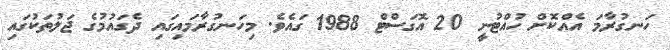
ހަނގުރާމަ އެއްކޮށް ހުއްޓުނީ 20 އޮގަސްޓް 1988 ގައެވެ. މިހަނގުރާމައިގައި ދެގައުމުގެ ޖަލުތަކުގައި